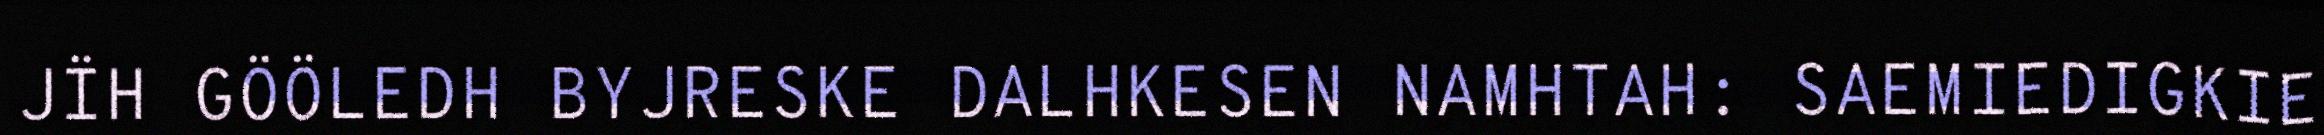
JÏH GÖÖLEDH BYJRESKE DALHKESEN NAMHTAH: SAEMIEDIGKIE